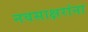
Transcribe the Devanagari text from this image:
नवसाक्षरांना